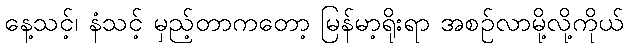
နေ့သင့်၊ နံသင့် မှည့်တာကတော့ မြန်မာ့ရိုးရာ အစဉ်လာမို့လို့ကိုယ်